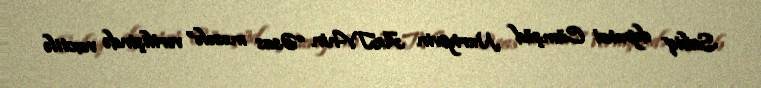
Sabiq deputat Cümşüd Nuriyevin AzTV-nin “Əsas məsələ” verilişində vaxtilə